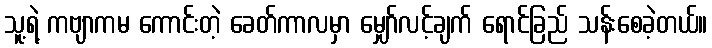
သူ့ရဲ့ ကဗျာကမ ကောင်းတဲ့ ခေတ်ကာလမှာ မျှော်လင့်ချက် ရောင်ခြည် သန်းစေခဲ့တယ်။